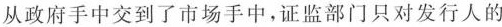
从政府手中交到了市场手中，证监部门只对发行人的